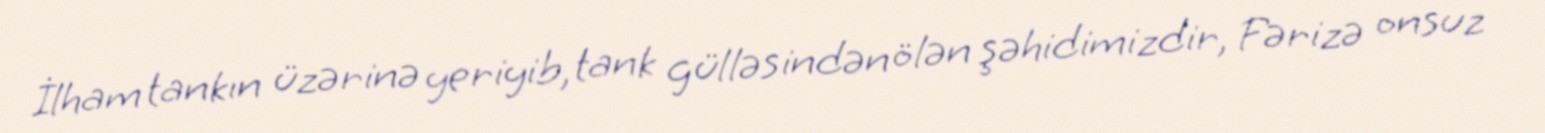
İlham tankın üzərinə yeriyib, tank gülləsindən ölən şəhidimizdir, Fərizə onsuz